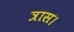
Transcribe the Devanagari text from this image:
त्रास।